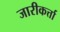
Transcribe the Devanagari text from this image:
जारीकर्त्ता